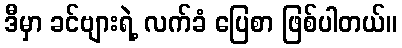
ဒီမှာ ခင်ဗျားရဲ့ လက်ခံ ပြေစာ ဖြစ်ပါတယ်။